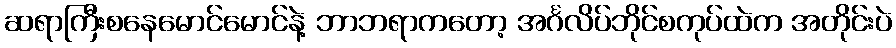
ဆရာကြီးစနေမောင်မောင်နဲ့ ဘာဘရာကတော့ အင်္ဂလိပ်ဘိုင်စကုပ်ထဲက အတိုင်းပဲ